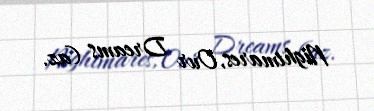
Nightmares, Our Dreams (az.